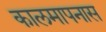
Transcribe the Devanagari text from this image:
कालमापनास